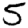
Digit: 5